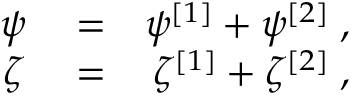
\begin{array} { r l r } { \psi } & { { } = } & { \psi ^ { [ 1 ] } + \psi ^ { [ 2 ] } \; , } \\ { \zeta } & { { } = } & { \zeta ^ { [ 1 ] } + \zeta ^ { [ 2 ] } \; , } \end{array}